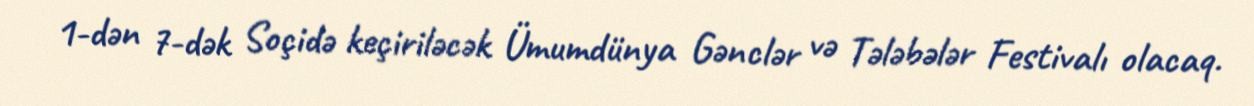
1-dən 7-dək Soçidə keçiriləcək Ümumdünya Gənclər və Tələbələr Festivalı olacaq.